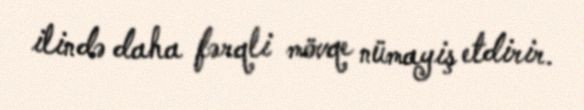
ilində daha fərqli mövqe nümayiş etdirir.